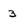
Character: 3